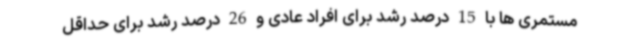
مستمری ها با 15 درصد رشد برای افراد عادی و 26 درصد رشد برای حداقل